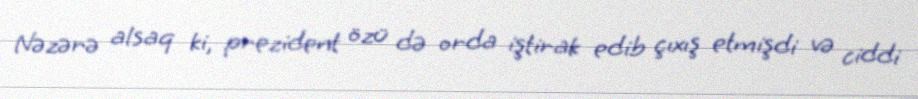
Nəzərə alsaq ki, prezident özü də orda iştirak edib çıxış etmişdi və ciddi